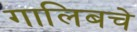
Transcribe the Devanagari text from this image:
गालिबचे